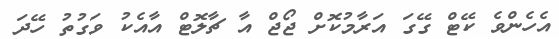
އެހެންވެ ކޭޓް ގޭގަ އަރާމުކޮށް ޖޯޖް އާ ޗާލޮޓް އާއެކު ވަގުތު ހޭދަ